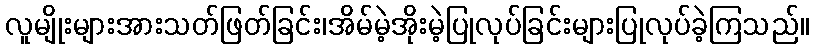
လူမျိုးများအားသတ်ဖြတ်ခြင်း၊အိမ်မဲ့အိုးမဲ့ပြုလုပ်ခြင်းများပြုလုပ်ခဲ့ကြသည်။